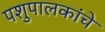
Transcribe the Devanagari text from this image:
पशुपालकांचे